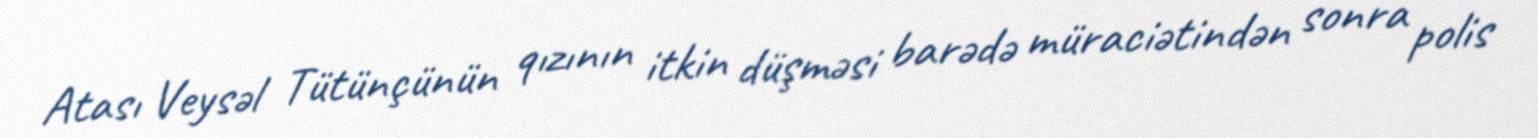
Atası Veysəl Tütünçünün qızının itkin düşməsi barədə müraciətindən sonra polis